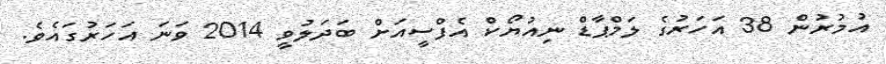
އުމުރުން 38 އަހަރުގެ ލަމްޕާޑް ނިއުޔޯކް އެފްސީއަށް ބަދަލުވީ 2014 ވަނަ އަހަރުގައެވެ.